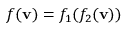
f ( \mathbf { v } ) = f _ { 1 } ( f _ { 2 } ( \mathbf { v } ) )